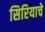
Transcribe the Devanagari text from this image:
सिरियाचे